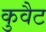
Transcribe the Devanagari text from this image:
कुवैट